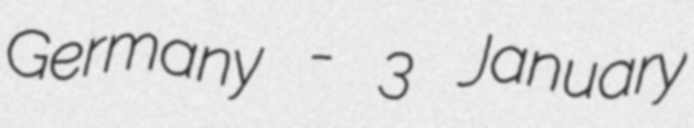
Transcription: Germany - 3 January